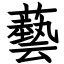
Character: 藝